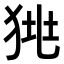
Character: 𤞯